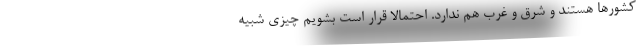
کشورها هستند و شرق و غرب هم ندارد. احتمالا قرار است بشویم چیزی شبیه